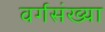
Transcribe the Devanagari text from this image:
वर्गसंख्या